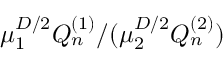
\mu _ { 1 } ^ { D / 2 } Q _ { n } ^ { ( 1 ) } / ( \mu _ { 2 } ^ { D / 2 } Q _ { n } ^ { ( 2 ) } )